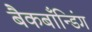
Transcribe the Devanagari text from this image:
बैकबाँन्डिंग